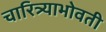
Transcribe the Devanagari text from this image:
चारित्र्याभोवती